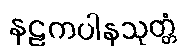
နဠကပါနသုတ္တံ